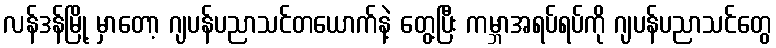
လန်ဒန်မြို့ မှာတော့ ဂျပန်ပညာသင်တယောက်နဲ့ တွေ့ပြီး ကမ္ဘာအရပ်ရပ်ကို ဂျပန်ပညာသင်တွေ